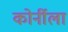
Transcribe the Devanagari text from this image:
कोर्नीला